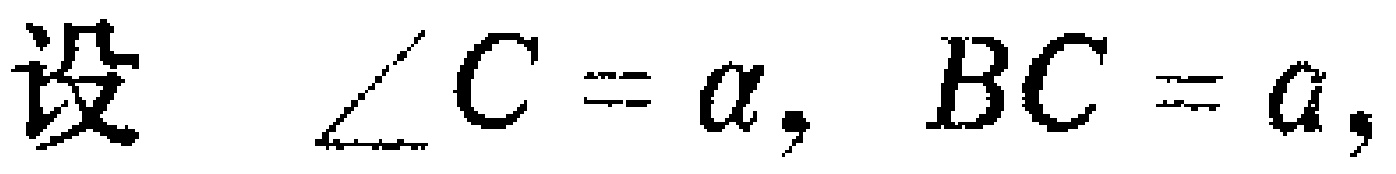
设 $\angle C = \alpha, BC = a,$